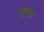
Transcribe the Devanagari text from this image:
पाक